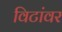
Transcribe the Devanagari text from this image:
विटांवर